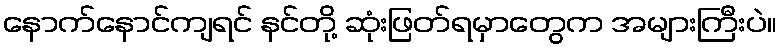
နောက်နောင်ကျရင် နင်တို့ ဆုံးဖြတ်ရမှာတွေက အများကြီးပဲ။